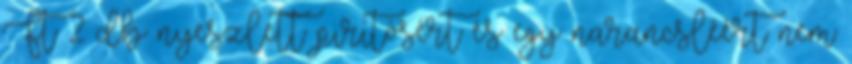
Ft 2 db nyeszlett pirítósért és egy narancsléért nem